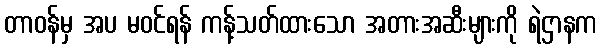
တာဝန်မှ အပ မဝင်ရန် ကန့်သတ်ထားသော အတားအဆီးများကို ရဲဌာနက